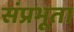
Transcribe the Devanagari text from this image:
संप्रभूता